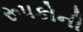
રૂપકોની